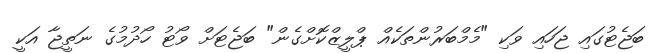
ބަޖެޓުގައި ޖަހައި ވަކި "މެމްބަރުންތަކެއް ޕްލީޒްކޮށްގެން" ބަޖެޓަށް ވޯޓު ހޯދުމުގެ ނަތީޖާ އަކީ